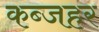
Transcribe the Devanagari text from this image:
कब्जहर